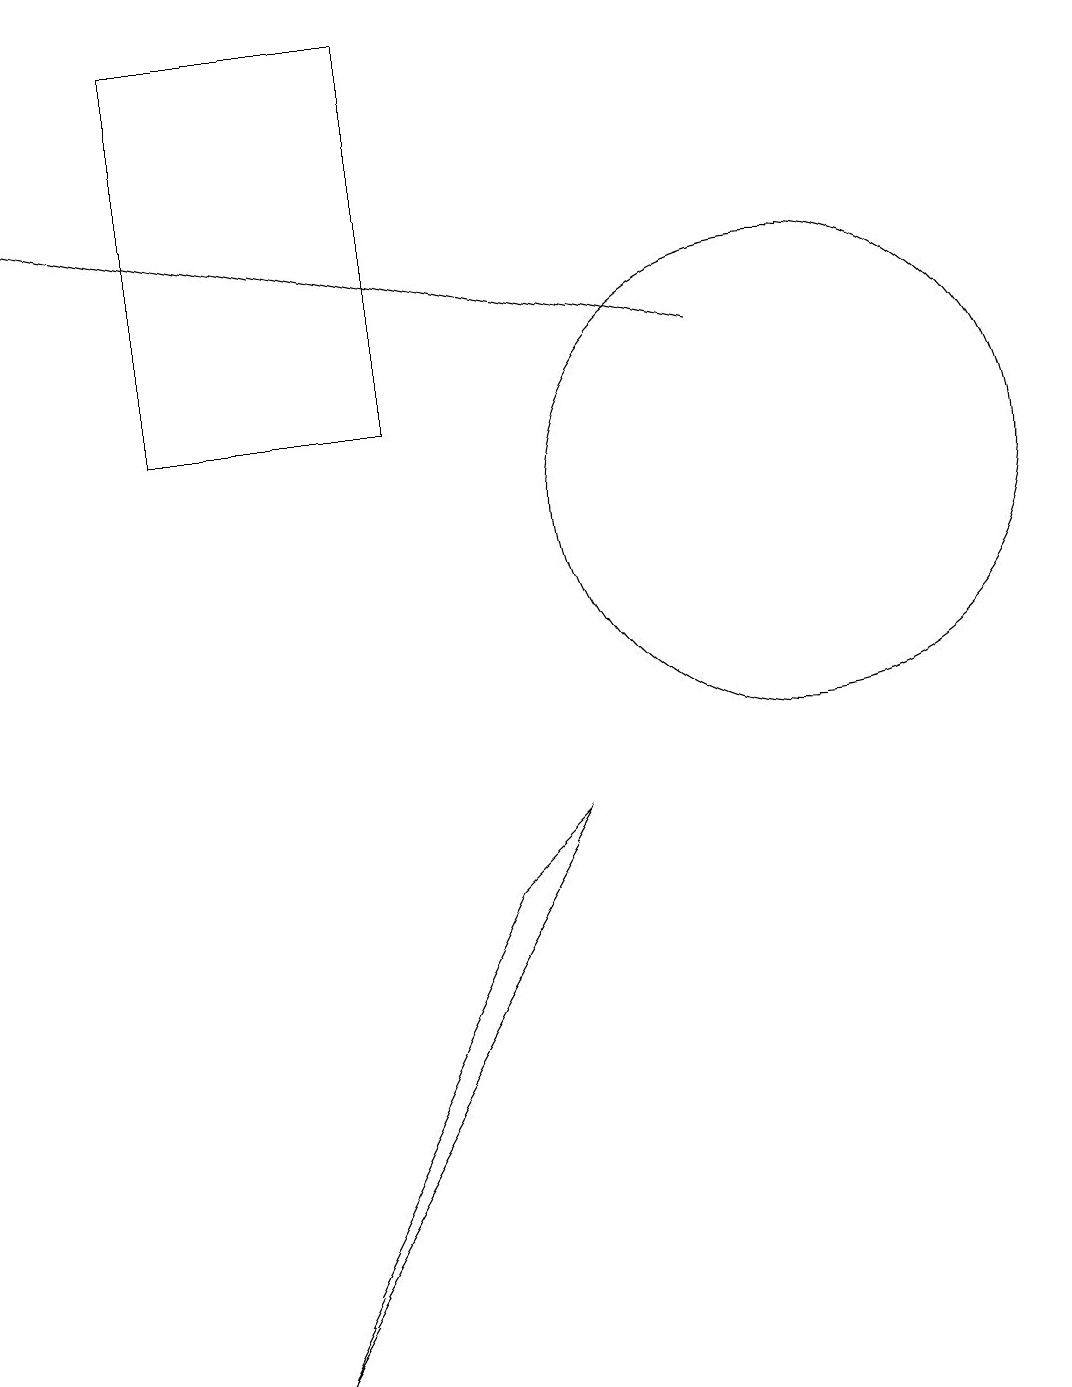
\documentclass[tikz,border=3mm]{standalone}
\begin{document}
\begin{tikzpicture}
\draw (3,0) -- (6,6) -- (7,7) -- cycle;
\draw (2,17) rectangle (5,12);
\draw (11,11) circle (0);
\draw (10,11) circle (3);
\draw[->] (9,13) -- (0,15);
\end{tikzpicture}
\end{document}